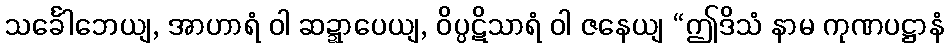
သင်္ခေါဘေယျ, အာဟာရံ ဝါ ဆဍ္ဍာပေယျ, ဝိပ္ပဋိသာရံ ဝါ ဇနေယျ “ဤဒိသံ နာမ ကုဏပဋ္ဌာနံ